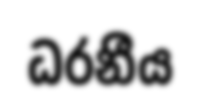
ධරනීය